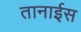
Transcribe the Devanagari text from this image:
तानाईस